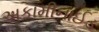
અકામીનાઈડ